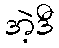
အဲ့ဒီ